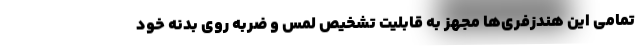
تمامی این هندزفری‌ها مجهز به قابلیت تشخیص لمس و ضربه روی بدنه خود